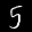
Label: 5